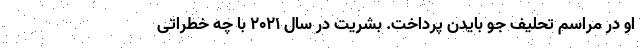
او در مراسم تحلیف جو بایدن پرداخت. بشریت در سال ۲۰۲۱ با چه خطراتی